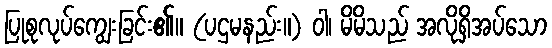
ပြုစုလုပ်ကျွေးခြင်း၏။ (ပဌမနည်း။) ဝါ၊ မိမိသည် အလိုရှိအပ်သော